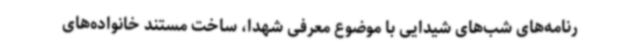
رنامه‌های شب‌های شیدایی با موضوع معرفی شهدا، ساخت مستند خانواده‌های